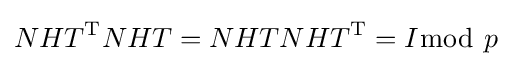
NHT^{\mathrm {T} }NHT=NHTNHT^{\mathrm {T} }=I{\bmod {\ }}p